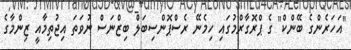
"އަހަރެންގެ ބޭންކް" ގެ ޕްރޮގާރްމުގައި ހިމެނޭ ރެސްޕޮންސިބަލް ބިޒްނަސް ނުވަތަ އިޖުތިމާއީ ޒިންމާގެ